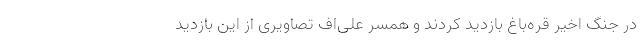
در جنگ اخیر قره‌باغ بازدید کردند و همسر علی‌اف تصاویری از این بازدید